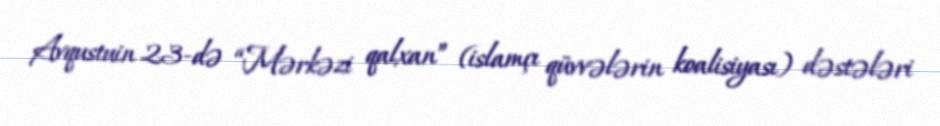
Avqustuin 23-də “Mərkəzi qalxan” (islamçı qüvvələrin koalisiyası) dəstələri